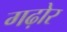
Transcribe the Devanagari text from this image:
गढ़ोर